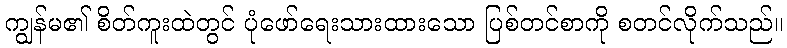
ကျွန်မ၏ စိတ်ကူးထဲတွင် ပုံဖော်ရေးသားထားသော ပြစ်တင်စာကို စတင်လိုက်သည်။